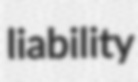
liability